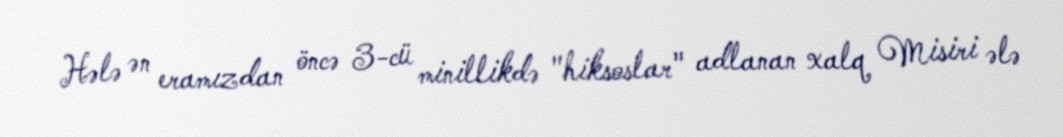
Hələ ən eramızdan öncə 3-cü minillikdə "hiksoslar" adlanan xalq Misiri ələ